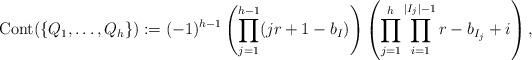
LaTeX: \begin{align*}\mathrm{Cont}(\{Q_1, \ldots, Q_h\}) := (-1)^{h-1}\left(\prod_{j=1}^{h-1}(jr+1-b_I)\right)\left(\prod_{j=1}^h \prod_{i=1}^{|I_j|-1} r-b_{I_j} + i\right),\end{align*}